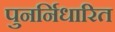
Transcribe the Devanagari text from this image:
पुनर्निधारित